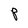
Character: P